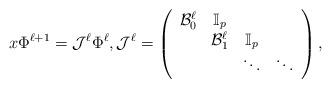
LaTeX: \begin{align*}x\Phi^{\ell+1}=\mathcal{J}^\ell \Phi^\ell,\mathcal{J}^\ell=\left(\begin{array}{cccc}\mathcal{B}_0^\ell&\mathbb{I}_p&&\\&\mathcal{B}_1^\ell&\mathbb{I}_p&\\&&\ddots&\ddots\end{array}\right),\end{align*}